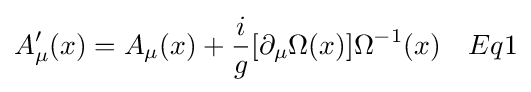
A_{\mu }'(x)=A_{\mu }(x)+{i \over g}[\partial _{\mu }\Omega (x)]\Omega ^{-1}(x)\quad Eq1